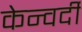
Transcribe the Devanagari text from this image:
केन्वर्दी